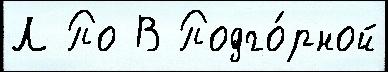
Л По В Подго́рной